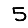
Digit: 5